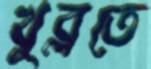
খুব্‌লতে